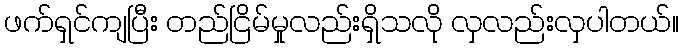
ဖက်ရှင်ကျပြီး တည်ငြိမ်မှုလည်းရှိသလို လှလည်းလှပါတယ်။